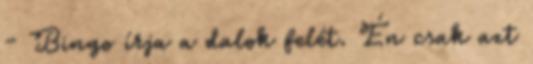
- Bingo írja a dalok felét. Én csak azt